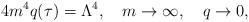
LaTeX: \begin{align*}4m^4 q(\tau ) = \Lambda ^4,\quad m\rightarrow\infty ,\quad q\rightarrow 0,\end{align*}